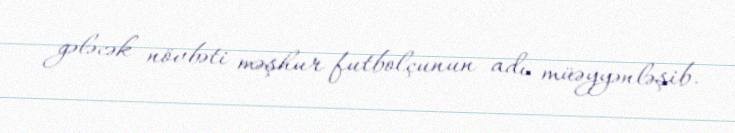
gələcək növbəti məşhur futbolçunun adı müəyyənləşib.